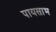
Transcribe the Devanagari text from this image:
पायसाभ